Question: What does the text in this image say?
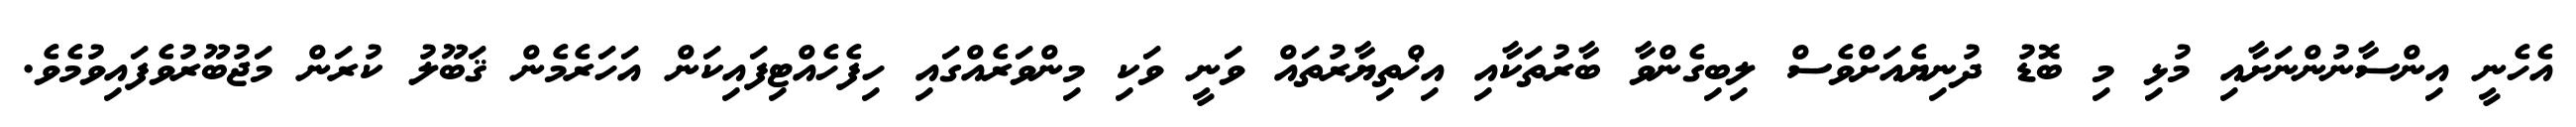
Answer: އެހެނީ އިންސާނުންނަށާއި މުޅި މި ބޮޑު ދުނިޔެއަށްވެސް ލިބިގެންވާ ބާރުތަކާއި އިޚްތިޔާރުތައް ވަނީ ވަކި މިންވަރެއްގައި ހިފެހެއްޓިފައިކަން އަހަރެމެން ޤަބޫލު ކުރަން މަޖުބޫރުވެފައިވުމެވެ.